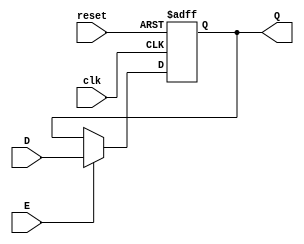
//Proyecto
//Flip flop tipo D de 3 bits, reset asncrono
module FlipF3(input wire clk, reset, E,
              input wire [2:0]D,
              output reg [2:0]Q);
always @ (posedge clk or posedge reset)begin
  if (reset) begin
      Q <= 3'b0;
end
else if (E) begin
Q <= D;
end
end
endmodule

//Flip flop tipo D de 2 bits, reset asncrono
module FlipF2(input wire clk, reset, E,
            input wire [1:0]D,
            output reg [1:0]Q);
always @ (posedge clk or posedge reset)begin
  if (reset) begin
      Q <= 2'b0;
  end
  else if (E) begin
  Q <= D;
  end
end
endmodule

//Flip flop tipo de de 1 bit, reset asncrono
module FlipF1(input wire clk, reset,E,
            input wire D,
            output reg Q);
always @ (posedge clk or posedge reset)begin
  if (reset) begin
      Q <= 1'b0;
  end
  else if (E) begin
  Q <= D;
  end
end

endmodule

//Antirebote
module antireb (input wire clk, reset, PB, output wire Q);
wire Y1, Y2;
assign Y2 = (PB);
FlipF1  F1(clk, reset, 1'b1 , Y2, Y1);
assign Q = (~Y1 & PB);
endmodule

//selector de local
module selector(input wire reset, clk, PB1, PB2, output wire E, E1);
wire s0, s1;
wire [1:0]s;
wire [1:0]sf;
assign s1 = s[1];
assign s0 = s[0];
assign sf[1] = (~s1 & ~s0 & PB2 & ~PB1) | (s1 & ~s0 & ~PB2 & ~ PB1) | (s1 & ~s0 & ~PB2 & PB1) | (s1 & ~s0 & PB2 & PB1);
assign sf[0] = (~s1 & ~s0 & ~PB2 & PB1) | (~s1 & s0 & ~PB2 & ~PB1) | (~s1 & s0 & PB2 & PB1) | (~s1 & s0 & PB2 & PB1);
FlipF2  t1(clk, reset, 1'b1, sf, s);
assign E = (~s1 & s0);
assign E1 = (s1 & ~s0);
endmodule

//modulo del car carwash
module carwash(input wire reset, clk, EN, input wire[3:0]L, input wire BF, output wire CT0, output wire [2:0]SA);
wire sc0, sc1, sc2;
wire [2:0]s_c;
wire [2:0]sf_c;
assign sc2 = s_c[2];
assign sc1 = s_c[1];
assign sc0 = s_c[0];

assign sf_c[2] = (~sc2 & sc1 & ~sc0 & ~L[3] & ~L[2] & ~L[1] & L[0] & BF) | (~sc2 & sc1 & sc0 & L[3] & ~L[2] & ~L[1] & ~L[0] & BF) | (~sc2 & sc1 & sc0 & ~L[3] & L[2] & ~L[1] & ~L[0] & BF) |
                 (~sc2 & ~sc1 & sc0 & ~L[3] & ~L[2] & L[1] & ~L[0] & BF) | (sc2 & ~sc1 & sc0 & ~L[3] & ~L[2] & L[1] & ~L[0] & ~BF) | (sc2 & ~sc1 & sc0 & ~L[3] & ~L[2] & ~L[1] & L[0] & ~BF) |
                 (sc2 & ~sc1 & ~sc0 & L[3] & ~L[2] & ~L[1] & ~L[0]) | (sc2 & ~sc1 & ~sc0 & ~L[3] & L[2] & ~L[1] & ~L[0]) | (sc2 & ~sc1 & L[3] & ~L[2] & ~L[1] & ~L[0] & ~BF) |
                 (sc2 & ~sc1 & ~L[3] & L[2] & ~L[1] & ~L[0] & ~BF);

assign sf_c[1] = (~sc2 & ~sc1 & ~sc0 & ~L[3] & L[2] & ~L[1] & ~L[0] & BF) | (~sc2 & ~sc1 & sc0 & ~L[3] & ~L[2] & ~L[1] & L[0] & BF) | (~sc2 & sc1 & sc0 & ~L[3] & L[2] & ~L[1] & ~L[0] & ~BF) |
                 (~sc2 & sc1 & ~sc0 & ~L[3] & ~L[2] & ~L[1] & L[0] & ~BF) | (~sc2 & ~sc1 & sc0 & L[3] & ~L[2] & ~L[1] & ~L[0] & BF) | (~sc2 & sc1 & L[3] & ~L[2] & ~L[1] & ~L[0] & ~BF) |
                 (~sc2 & sc1 & ~sc0 & L[3] & ~L[2] & ~L[1] & ~L[0]);

assign sf_c[0] = (~sc2 & ~sc0 & ~L[3] & ~L[2] & ~L[1] & L[0] & BF) | (~sc2 & sc1 & sc0 & ~L[3] & L[2] & ~L[1] & ~L[0] & ~BF) | (~sc2 & ~sc0 & L[3] & ~L[2] & ~L[1] & ~L[0] & BF) |
                 (~sc1 & ~sc0 & ~L[3] & L[2] & ~L[1] & ~L[0] & BF) | (~sc2 & sc0 & L[3] & ~L[2] & ~L[1] & ~L[0] & ~BF) | (sc2 & ~sc1 & sc0 & ~L[3] & L[2] & ~L[1] & ~L[0] & ~BF) |
                 (~sc1 & sc0 & ~L[3] & ~L[2] & L[1] & ~L[0] & ~BF) | (~sc1 & sc0 & ~L[3] & ~L[2] & ~L[1] & L[0] & ~BF) | (~sc1 & ~sc0 & L[3] & ~L[2] & ~L[1] & ~L[0] & BF) |
                 (~sc1 & sc0 & L[3] & ~L[2] & ~L[1] & ~L[0] & ~BF) | (~sc2 & ~sc1 & ~L[3] & ~L[2] & L[1] & ~L[0] & BF);

FlipF3  t2(clk, reset, EN, sf_c, s_c);
assign CT0 = (sc2 & ~sc1 & sc0);
assign SA = {sc2, sc1, sc0};
endmodule

//modulo del taller
module taller (input wire reset, clk, EN, input wire [3:0]T, input wire BF1, output wire CT1, output wire [2:0]SA1);
wire st0, st1, st2;
wire [2:0]s_t;
wire [2:0]sf_t;
assign st2 = s_t[2];
assign st1 = s_t[1];
assign st0 = s_t[0];
assign sf_t[2] = (st2 & ~st1 & ~T[3] & ~T[2] & ~T[1] & T[0]) | (st2 & ~st0 & ~T[3] & ~T[2] & ~T[1] & T[0]) | (st2 & ~T[3] & ~T[2] & ~T[1] & T[0] & ~BF1) | (st2 & ~st1 & ~st0 & ~T[3] & T[2] & ~T[1] & ~T[0]) |
                 (st2 & ~st1 & st0 & T[3] & ~T[2] & ~T[1] & ~T[0]) | (st2 & st1 & ~st0 & T[3] & ~T[2] & ~T[1] & ~T[0]) | (~st1 & ~st0 & ~T[3] & T[2] & ~T[1] & ~T[0] & BF1) |
                 (~st2 & st1 & st0 & ~T[3] & ~T[2] & ~T[1] & T[0] & BF1) | (~st2 & st1 & st0 & ~T[3] & ~T[2] & T[1] & ~T[0] & BF1) | (~st2 & ~st1 & ~st0 & T[3] & ~T[2] & ~T[1] & ~T[0] & BF1) | (st2 & st1 & st0 & ~T[3] & ~T[2] & T[1] & ~T[0] & ~BF1) |
                 (st2 & st1 & st0 & ~T[3] & T[2] & ~T[1] & ~T[0] & ~BF1) | (st2 & st0 & T[3] & ~T[2] & ~T[1] & ~T[0] & ~BF1);

assign sf_t[1] = (st1 & ~st0 & ~T[3] & ~T[2] & ~T[1] & T[0]) | (~st2 & st1 & ~T[3] & ~T[2] & T[1] & ~T[0]) | (st1 & ~T[3] & ~T[2] & ~T[1] & T[0] & ~BF1) | (st2 & st1 & ~st0 & T[3] & ~T[2] & ~T[1] & ~T[0]) |
                 (~st1 & st0 & ~T[3] & ~T[2] & ~T[1] & T[0] & BF1) | (~st2 & st0 & ~T[3] & ~T[2] & T[1] & ~T[0] & BF1) | (st1 & st0 & ~T[3] & ~T[2] & T[1] & ~T[0] & ~BF1) | (st2 & st1 & T[3] & ~T[2] & ~T[1] & ~T[0] & ~BF1) |
                 (st2 & ~st1 & ~st0 & ~T[3] & T[2] & ~T[1] & ~T[0] & BF1) | (st2 & ~st1 & st0 & T[3] & ~T[2] & ~T[1] & ~T[0] & BF1) |
                 (st2 & st1 & st0 & ~T[3] & T[2] & ~T[1] & ~T[0] & ~BF1);

assign sf_t[0] = (~st0 & ~T[3] & ~T[2] & ~T[1] & T[0] & BF1) | (st0 & ~T[3] & ~T[2] & ~T[1] & T[0] & ~BF1) | (~st2 & ~st0 & ~T[3] & ~T[2] & T[1] & ~T[0] & BF1) | (~st2 & st0 & ~T[3] & ~T[2] & T[1] & ~T[0] & ~BF1) |
                 (st1 & st0 & ~T[3] & ~T[2] & T[1] & ~T[0] & ~BF1) | (st2 & st0 & T[3] & ~T[2] & ~T[1] & ~T[0] & ~BF1) | (st2 & ~st1 & ~st0 & ~T[3] & T[2] & ~T[1] & ~T[0] & BF1) | (st2 & st1 & ~st0 & T[3] & ~T[2] & ~T[1] & ~T[0] & BF1) |
                 (~st2 & ~st1 & ~st0 & T[3] & ~T[2] & ~T[1] & ~T[0] & BF1) | (st2 & st1 & st0 & ~T[3] & T[2] & ~T[1] & ~T[0] & ~BF1) | (~st2 & st1 & ~T[3] & ~T[2] & T[1] & ~T[0] & BF1);

FlipF3 t3(clk, reset, EN, sf_t, s_t);
assign CT1 = (st2 & st1 & st0);
assign SA1 = {st2, st1, st0};
endmodule

//modulo donde se unen todas las fsm
module megafsm (input wire reset, clk, PB1, PB2, BF, BF1, input wire [3:0]T, input wire[3:0]C, output wire CT, CT1, output wire [2:0]SA, output wire [2:0]SA1);

wire C1, C2, T1, T2, E, E1;

antireb a1(clk, reset, PB1, C1);
antireb a2(clk, reset, PB2, T1);
antireb a3(clk, reset, BF, C2);
antireb a4(clk, reset, BF1, T2);


selector  m1(reset, clk, C1, T1, E, E1);
carwash   m2(reset, clk, E, C, C2, CT, SA);
taller    m3(reset, clk, E1, T, T2, CT1, SA1);

endmodule